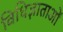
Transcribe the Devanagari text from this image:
विधिज्ञाताओं